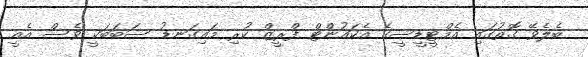
ބެލެވޭ ގޮތުގައި އެމްޓީޑީސީގެ އެކައުންޓް ފްރީޒް ކުރި މައިގަނޑު ސަބަބަކީ ވެސް އެއީ